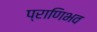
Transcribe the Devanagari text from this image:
प्राणिभव